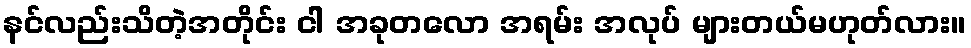
နင်လည်းသိတဲ့အတိုင်း ငါ အခုတလော အရမ်း အလုပ် များတယ်မဟုတ်လား။